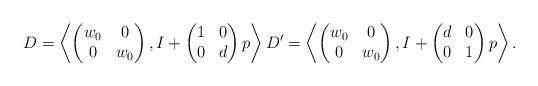
LaTeX: \begin{align*}D = \left \langle \begin{pmatrix} w_0 & 0 \\ 0 & w_0 \end{pmatrix}, I + \begin{pmatrix} 1 & 0 \\ 0 & d \end{pmatrix} p\right \rangle D' = \left \langle \begin{pmatrix} w_0 & 0 \\ 0 & w_0 \end{pmatrix}, I + \begin{pmatrix} d & 0 \\ 0 & 1 \end{pmatrix} p \right \rangle.\end{align*}